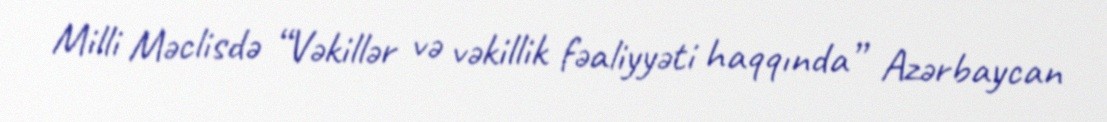
Milli Məclisdə “Vəkillər və vəkillik fəaliyyəti haqqında” Azərbaycan